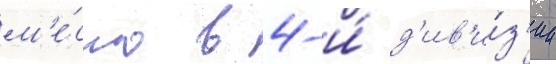
м'е́сто в 4-и́ д'ив'и́з'ии